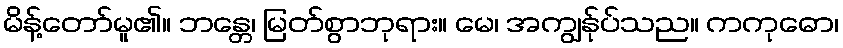
မိန့်တော်မူ၏။ ဘန္တေ၊ မြတ်စွာဘုရား။ မေ၊ အကျွန်ုပ်သည။ ကကုဓော၊